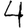
Digit: 4